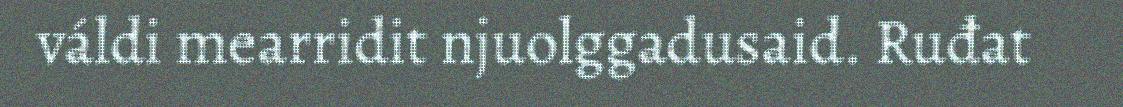
váldi mearridit njuolggadusaid. Ruđat